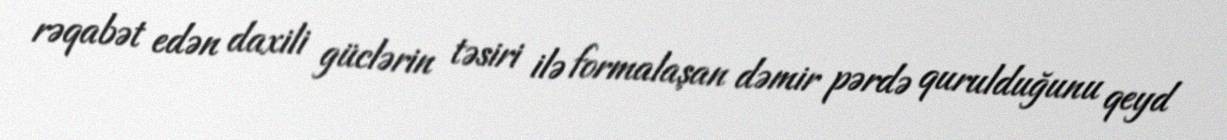
rəqabət edən daxili güclərin təsiri ilə formalaşan dəmir pərdə qurulduğunu qeyd